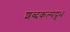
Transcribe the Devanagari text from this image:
शब्दकल्पद्रुभ